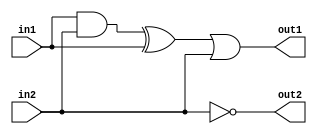
`timescale 1ns / 1ps
module test1(out1, out2, in1, in2);
input in1, in2;
output out1, out2;
assign #20 out1 = in1 & in2 ^ in1|in2;
assign  out2 = ~ in2;
endmodule

module test1_tb;
reg in1t, in2t;
wire out1t, out2t;
test1 uut(.out1(out1t), .out2(out2t), .in1(in1t), .in2(in2t));
initial begin
in1t = 0;
in2t = 0;
#100;
repeat(4)
#100 {in1t,in2t} = {in1t,in2t} + 1'b1;
end
endmodule